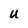
Character: U